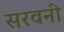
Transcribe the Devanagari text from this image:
सरवनी